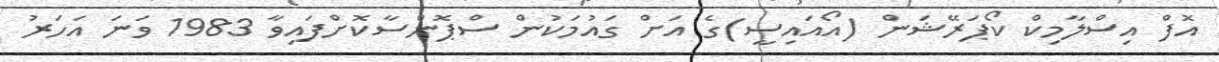
އޮފް އިސްލާމިކް ކޯޕަރޭޝަން (އޯއައިސީ)ގެ އަށް ގައުމަކުން ސްޕޮންސާކޮށްފައިވާ 1983 ވަނަ އަހަރު